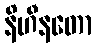
နိဟီနတော